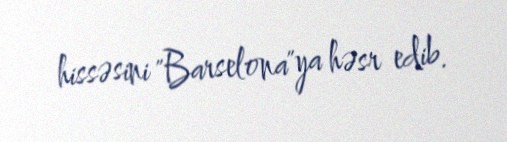
hissəsini "Barselona"ya həsr edib.